Vabadussoja_Ajaloo_Komitee, lk 16
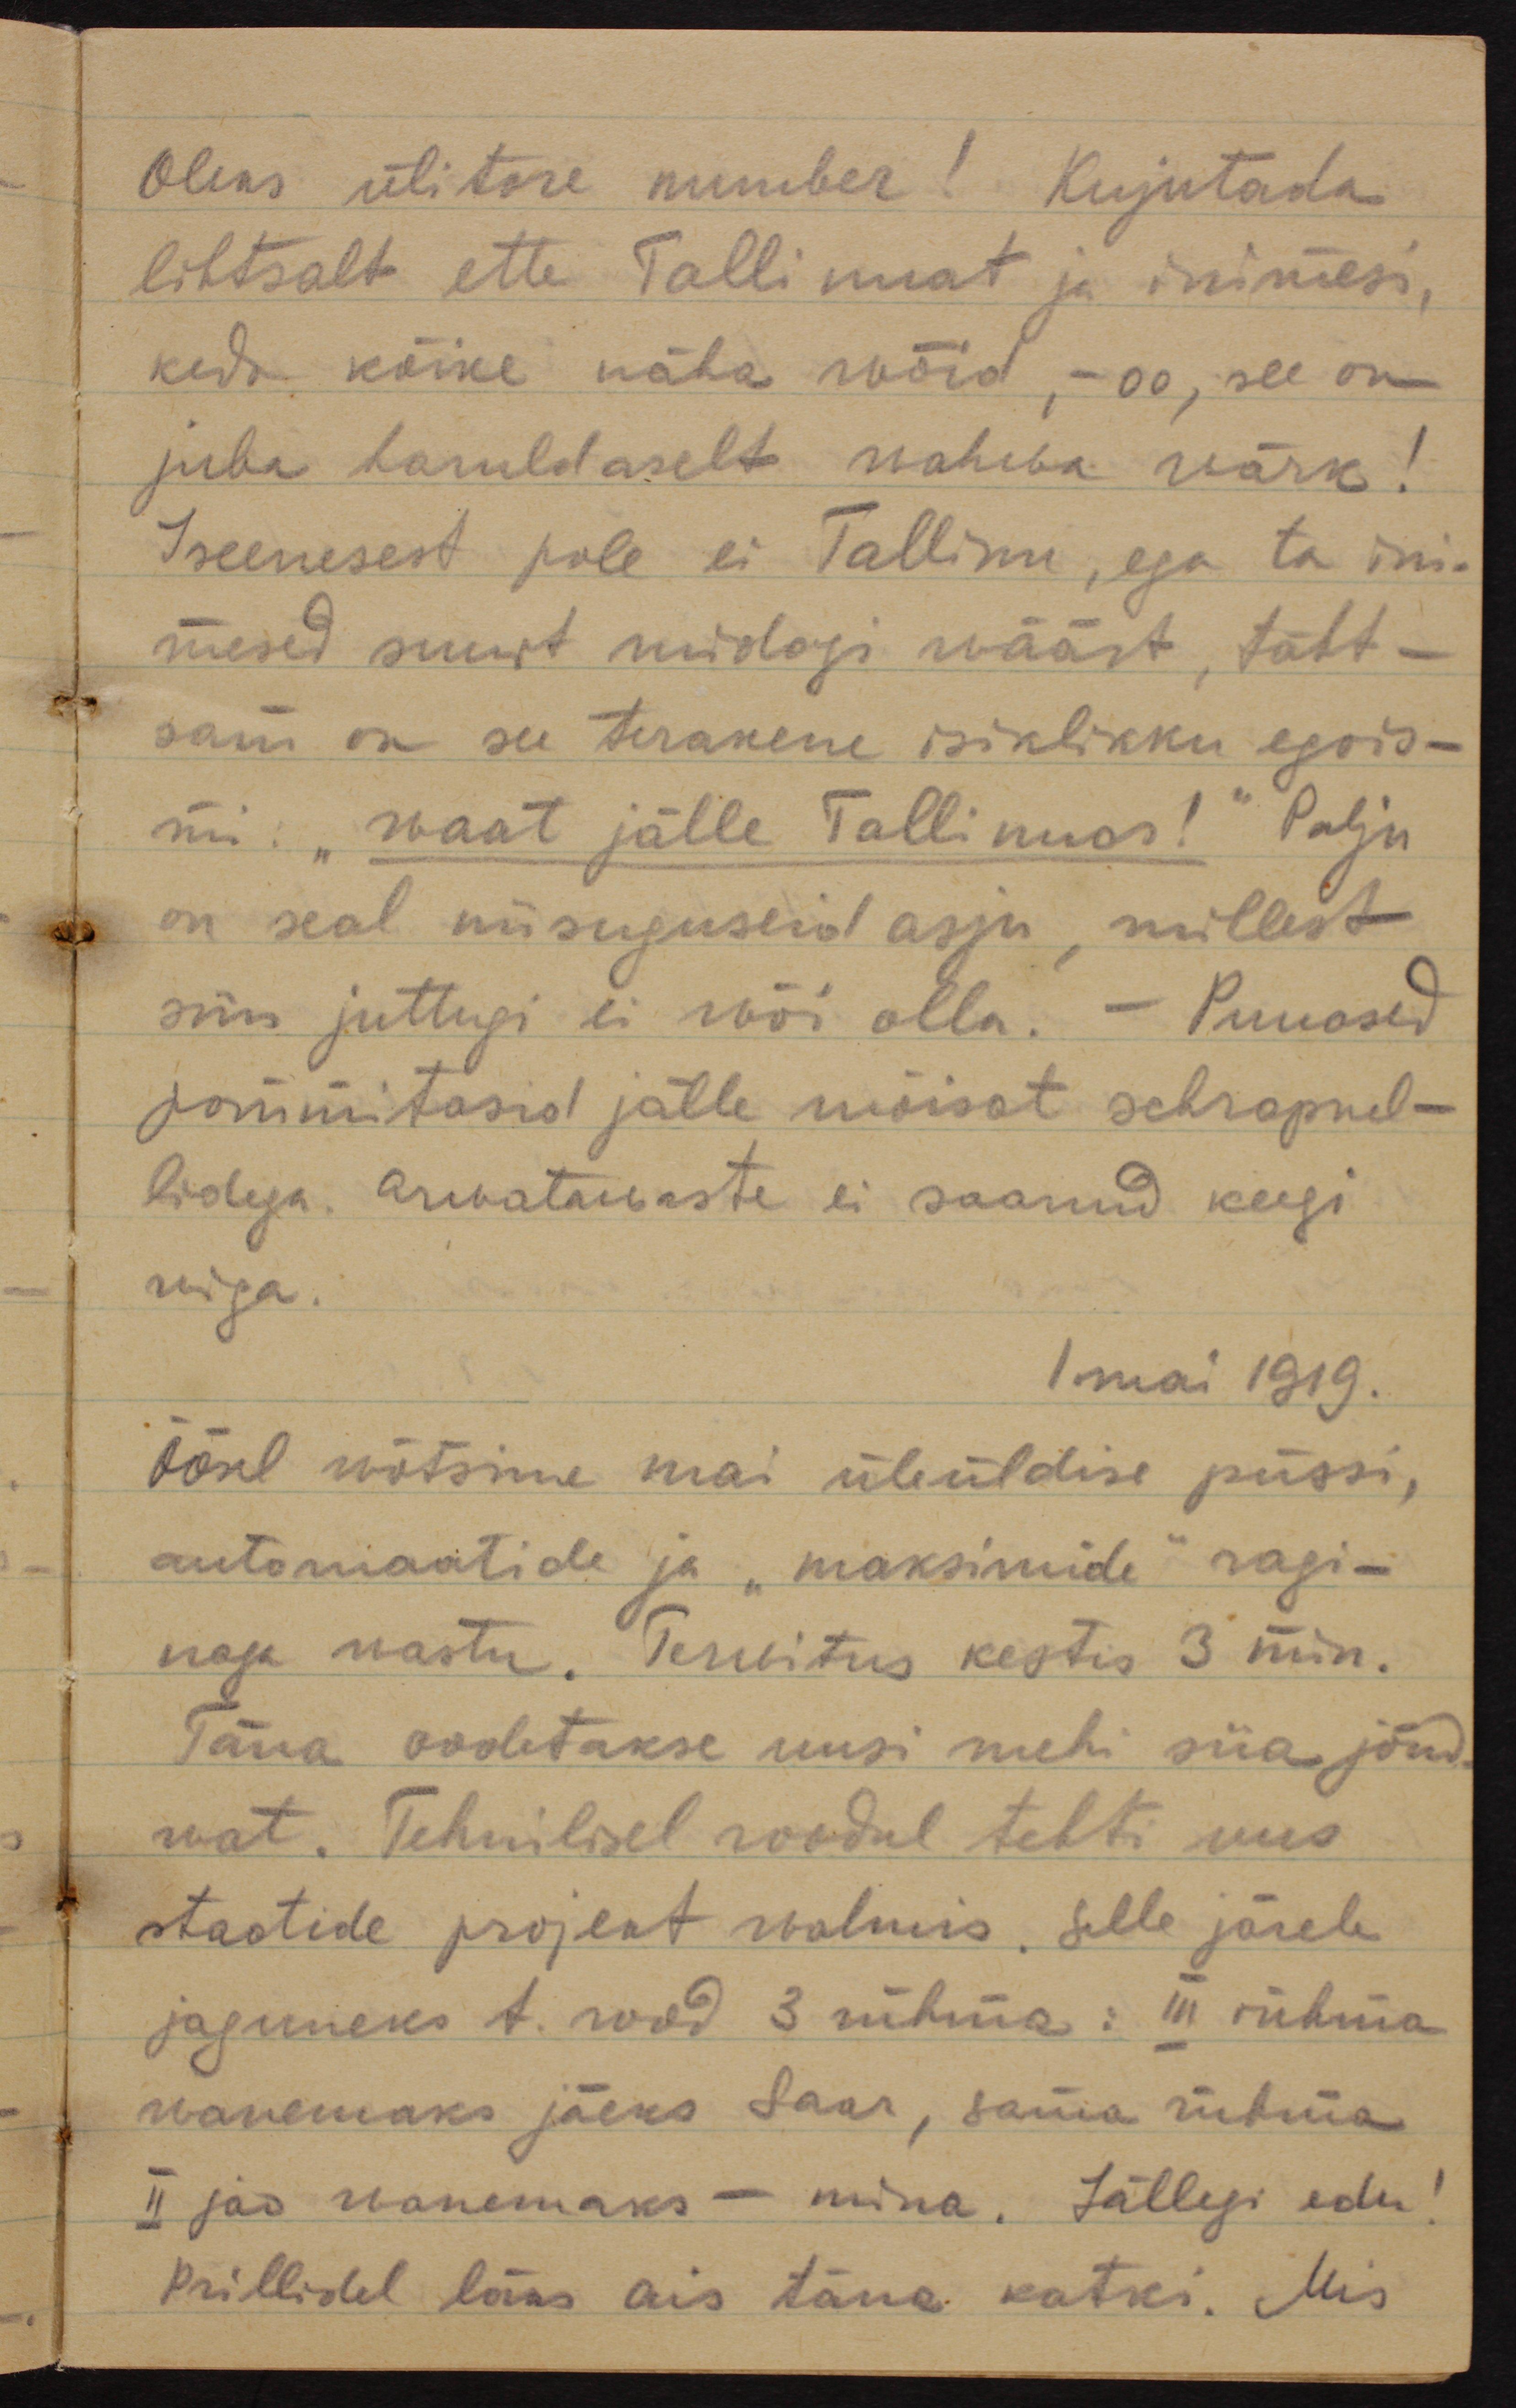
Oleks ülitore number! Kujutada
lihtsalt ette Tallinnat ja inimesi,
keda kõike näha wõid, -oo, see on
juba haruldaselt wahwa wärk!
Iseenesest pole ei Tallinn. ega ta ini-
mesed suurt midagi wäärt, täht-
sam on see terakene isiklikku egois-
mi: "waat jälle Tallinnas!" Palju
on seal niisuguseid asju, millest
siin juttugi ei või olla.  - Punased
pommitasid jälle mõisat schrapnel-
lidega. Arvatawaste ei saanud keegi
wiga.
1 mai 1919.
Öösel wõtsime mai üleüldise püssi,
automaatide ja "maksimide" ragi-
naga vastu. Tervitus kestis 3 min.
Täna oodetakse uusi mehi siia jõud-
wat. Tehnilisel roodul tehti uus
staotide projekt walmis. Selle järele
jaguneks 1. rood 3 rühma : III rühma
wanemaks jääks Saar, sama rühma
II jao wanemaks - mina. Jällegi edu!
Prillidel läks ais täna katki. Mis